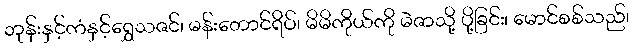
ဘုန်းနှင့်ကံနှင့်ရွှေသဇင်၊ မန်းတောင်ရိပ်၊ မိမိကိုယ်ကို မဲဇာသို့ ပို့ခြင်း၊ မောင်စစ်သည်၊